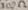
Text: 100Ω